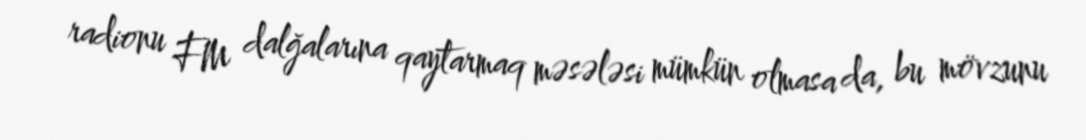
radionu FM dalğalarına qaytarmaq məsələsi mümkün olmasa da, bu mövzunu